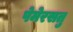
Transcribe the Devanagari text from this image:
पेमेरसतु